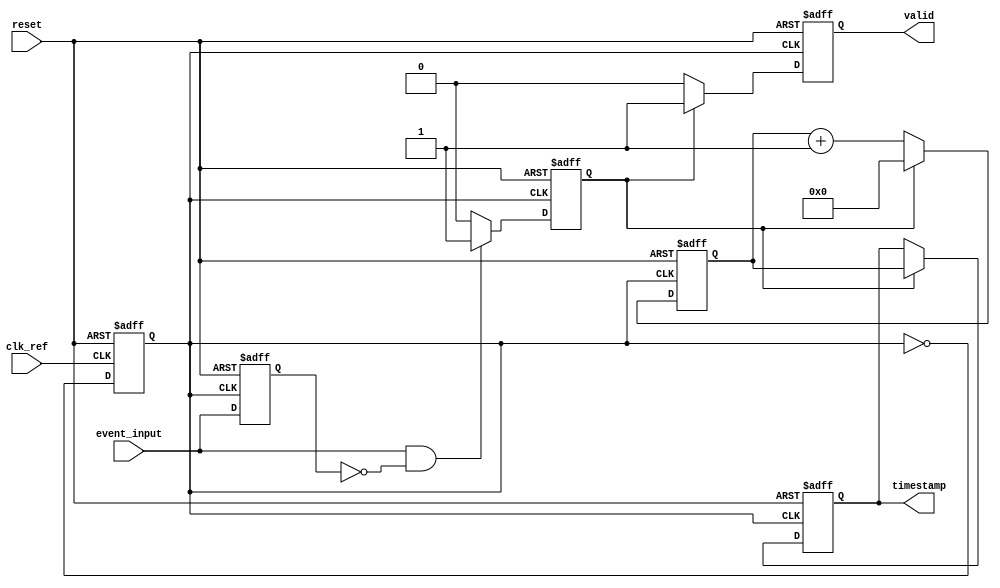
module TDC (
    input wire clk_ref,            // Reference clock input
    input wire event_input,        // Input event signal
    input wire reset,              // Asynchronous reset
    output reg [15:0] timestamp,   // Output timestamp (16-bit)
    output reg valid               // Output valid signal
);

// Parameters
parameter COUNTER_WIDTH = 16;    // Width of the counter
parameter PLL_FREQ = 100;         // PLL output frequency in MHz (for example)

// Internal signals
reg [COUNTER_WIDTH-1:0] counter;  // High-frequency counter
reg event_detected;                // Event detection flag
reg last_event;                    // Last event state
reg pll_clk;                       // Simulated PLL output clock

// PLL Simulation (for demonstration purposes)
always @(posedge clk_ref or posedge reset) begin
    if (reset) begin
        pll_clk <= 0;
    end else begin
        pll_clk <= ~pll_clk; // Toggle PLL clock (simulate PLL behavior)
    end
end

// Edge Detection Logic
always @(posedge pll_clk or posedge reset) begin
    if (reset) begin
        last_event <= 0;
        event_detected <= 0;
    end else begin
        // Detect rising edge of event_input
        if (event_input && !last_event) begin
            event_detected <= 1;
        end else begin
            event_detected <= 0;
        end
        last_event <= event_input;
    end
end

// Counter Logic
always @(posedge pll_clk or posedge reset) begin
    if (reset) begin
        counter <= 0;
        valid <= 0;
    end else if (event_detected) begin
        counter <= 0; // Reset counter on event detection
        valid <= 1;   // Indicate valid timestamp
    end else begin
        counter <= counter + 1; // Increment counter
        valid <= 0;              // Reset valid signal
    end
end

// Timestamp Generation
always @(posedge pll_clk or posedge reset) begin
    if (reset) begin
        timestamp <= 0; // Clear timestamp on reset
    end else if (event_detected) begin
        timestamp <= counter; // Latch the current count as timestamp
    end
end

endmodule